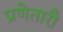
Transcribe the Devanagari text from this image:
प्रणेतारौ